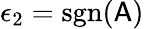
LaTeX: \epsilon_{2}=\mathrm{sgn}(\mathsf{A})